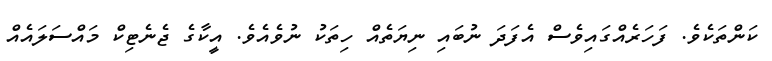
ކަންތަކެވެ. ފަހަރެއްގައިވެސް އެފަދަ ނުބައި ނިޔަތެއް ހިތަކު ނުވެއެވެ. އީކާގެ ޖެނެޓިކް މައްސަލައެއް